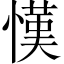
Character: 𢠦